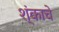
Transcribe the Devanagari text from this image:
श्ंकाचे